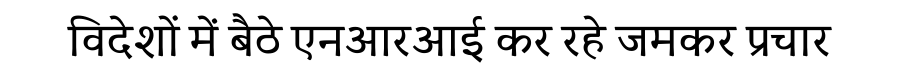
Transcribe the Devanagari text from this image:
विदेशों में बैठे एनआरआई कर रहे जमकर प्रचार